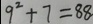
9 ^ { 2 } + 7 = 8 8